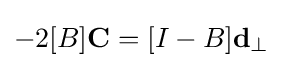
-2[B]\mathbf {C} =[I-B]\mathbf {d} _{\perp }